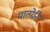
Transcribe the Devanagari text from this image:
मातोनि